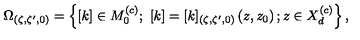
\Omega _ { ( \zeta , \zeta ^ { \prime } , 0 ) } = \left\{ [ k ] \in M _ { 0 } ^ { \left( c \right) } ; \ [ k ] = [ k ] _ { ( \zeta , \zeta ^ { \prime } , 0 ) } \left( z , z _ { 0 } \right) ; z \in X _ { d } ^ { \left( c \right) } \right\} ,